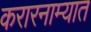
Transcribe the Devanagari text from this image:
करारनाम्यात